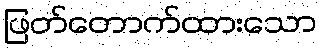
ဖြတ်တောက်ထားသော